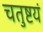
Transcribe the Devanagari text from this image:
चतुष्टयं